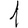
Digit: 1